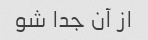
از آن جدا شو